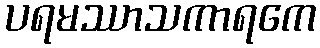
ပရမဿာသကာရကေ